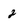
Character: 2